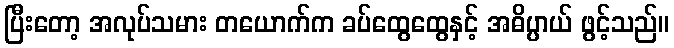
ပြီးတော့ အလုပ်သမား တယောက်က ခပ်ထွေထွေနှင့် အဓိပ္ပာယ် ဖွင့်သည်။